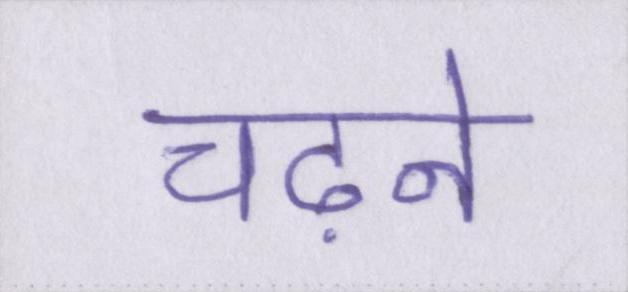
चढ़ने